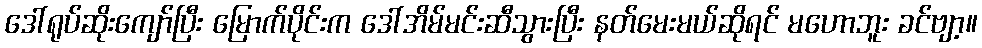
ဒေါ်ရုပ်ဆိုးကျော်ပြီး မြောက်ပိုင်းက ဒေါ်အိမ်မင်းဆီသွားပြီး နတ်မေးမယ်ဆိုရင် မဟောဘူး ခင်ဗျာ့။